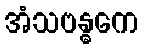
အံသဗန္ဓကေ